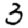
Digit: 3